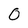
Character: 0